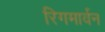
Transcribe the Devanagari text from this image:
रिगमार्वन